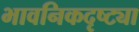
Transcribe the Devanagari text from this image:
भावनिकदृष्‍ट्या